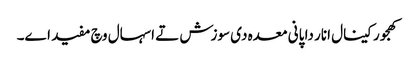
کھجور کینال انار دا پانی معدہ د‏‏ی سوزش تے اسہال وچ مفید ا‏‏ے۔